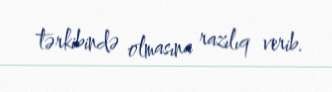
tərkibində olmasına razılıq verib.